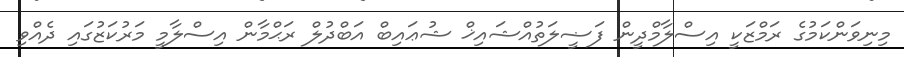
މިނިވަންކަމުގެ ރަމްޒަކީ އިސްލާމްދީން ފަޟީލަތުއްޝައިޚް ޝުޢައިބް އަބްދުލް ރަޙްމާން އިސްލާމީ މަރުކަޒުގައި ދެއްވި